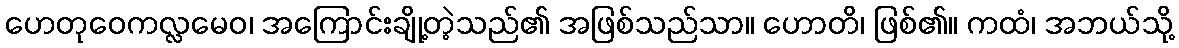
ဟေတုဝေကလ္လမေဝ၊ အကြောင်းချို့တဲ့သည်၏ အဖြစ်သည်သာ။ ဟောတိ၊ ဖြစ်၏။ ကထံ၊ အဘယ်သို့